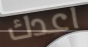
اعدك